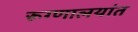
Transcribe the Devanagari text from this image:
रूग्णालयांत